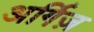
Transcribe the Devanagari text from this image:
अर्गिज़